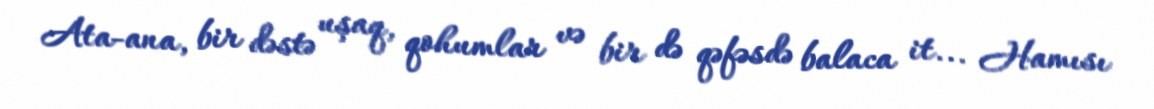
Ata-ana, bir dəstə uşaq, qohumlar və bir də qəfəsdə balaca it... Hamısı